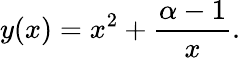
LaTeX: y(x)=x^{2}+{\frac{\alpha-1}{x}}.